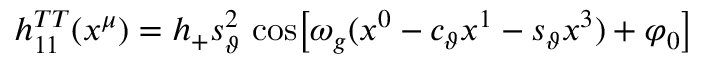
\begin{array} { r } { h _ { 1 1 } ^ { T T } ( x ^ { \mu } ) = h _ { + } s _ { \vartheta } ^ { 2 } \, \cos \! \left[ \omega _ { g } ( x ^ { 0 } - c _ { \vartheta } x ^ { 1 } - s _ { \vartheta } x ^ { 3 } ) + \varphi _ { 0 } \right] } \end{array}